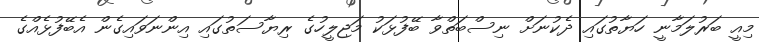
މިއީ ބަރުލަމާނީ ހަޔާތުގައި ދެކުނަށް ނިސްބަތްވާ ބޭފުޅަކު މަޖިލީހުގެ ރިޔާސަތުގައި އިންނަވައިގެން އެބޭފުޅެއްގެ